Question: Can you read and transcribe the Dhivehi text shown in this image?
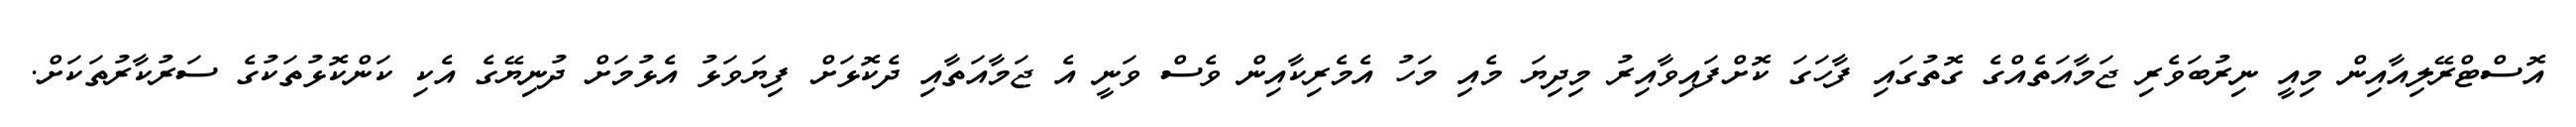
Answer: އޮސްޓްރޭލިއާއިން މިއީ ނިރުބަވެރި ޖަމާއަތެއްގެ ގޮތުގައި ފާހަގަ ކޮށްފައިވާއިރު މިދިޔަ މެއި މަހު އެމެރިކާއިން ވެސް ވަނީ އެ ޖަމާއަތާއި ދެކޮޅަށް ފިޔަވަޅު އެޅުމަށް ދުނިޔޭގެ އެކި ކަންކޮޅުތަކުގެ ސަރުކާރުތަކަށް.